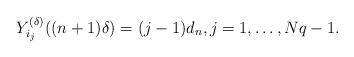
LaTeX: \begin{align*} Y_{i_j}^{(\delta )} ((n+1) \delta ) = (j-1) d_n , j = 1 , \ldots , Nq - 1 .\end{align*}